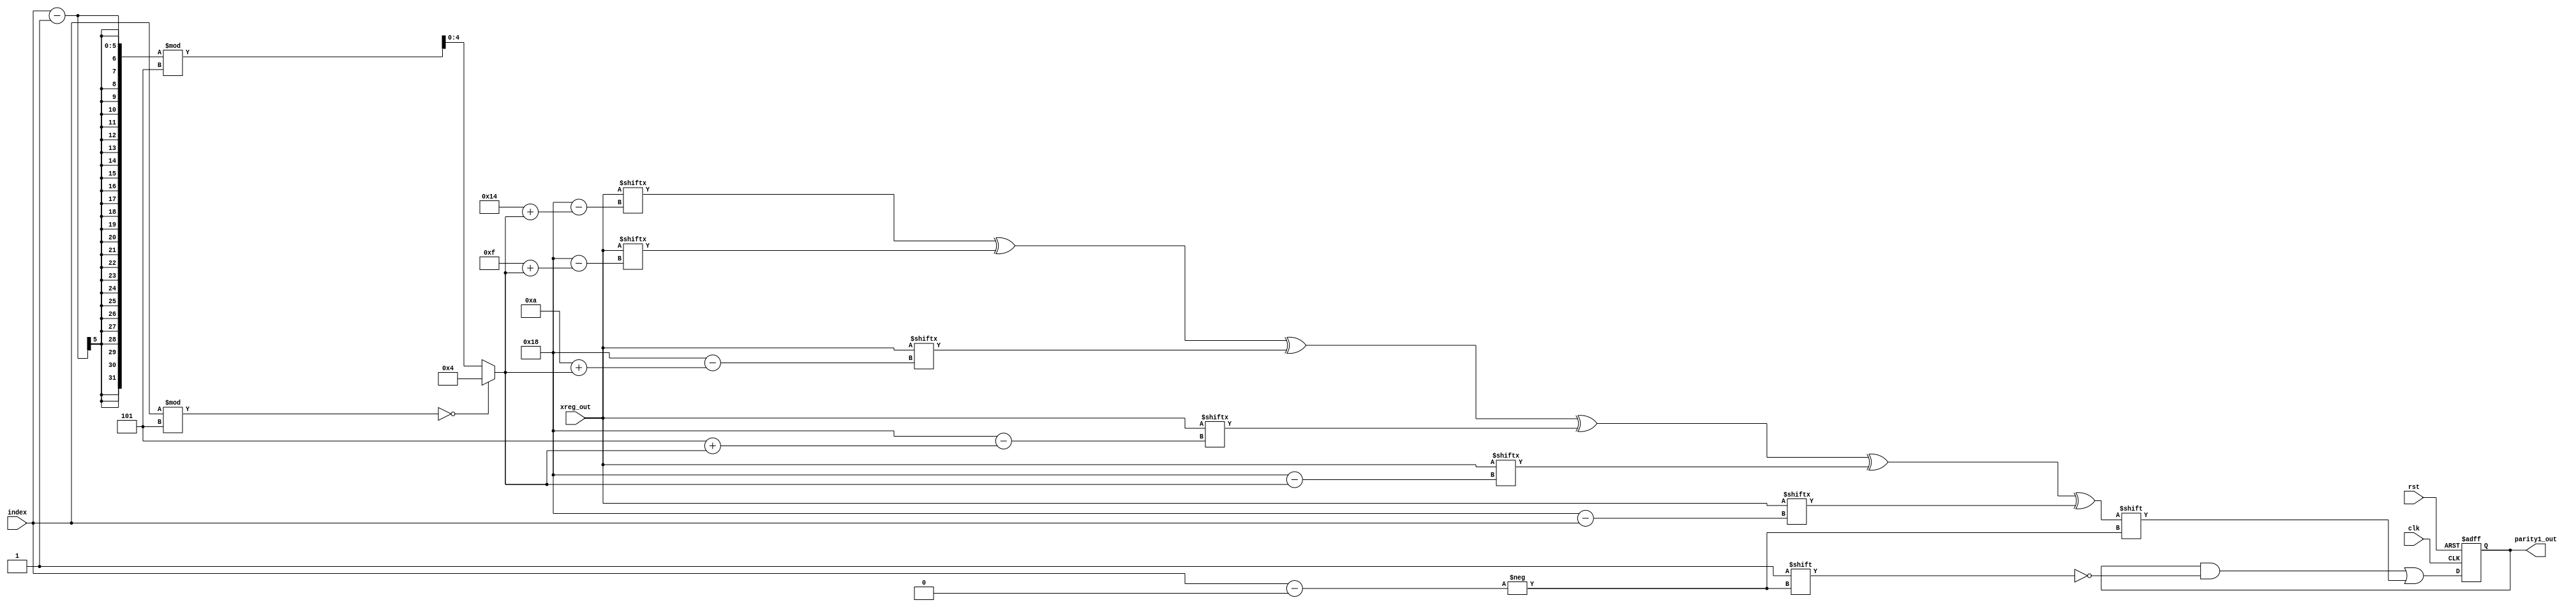
`timescale 1ns/1ns
module colparity_same_matrix #(parameter WIDTH = 25) (
    input clk, 
    input rst, 
    input[4:0] index,
	input [WIDTH-1:0] xreg_out,
    output reg [WIDTH-1:0] parity1_out
);
   
    wire curr_page;
    wire [4:0] i;
	assign i = ((index%5) == 0) ? 5'd4 : (index - 1) % 5;
	
    assign curr_page = xreg_out[24-(5'd20+i)] ^ xreg_out[24-(5'd15+i)]
     ^ xreg_out[24-(5'd10+i)] ^ xreg_out[24-(5'd5+i)] ^ xreg_out[24-(i)];

   always @(posedge clk, posedge rst) begin 
        if(rst)
            parity1_out <= 0;
        else
            parity1_out[index] <= curr_page ^ xreg_out[24-index];
    end
endmodule